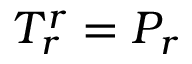
T _ { r } ^ { r } = P _ { r }